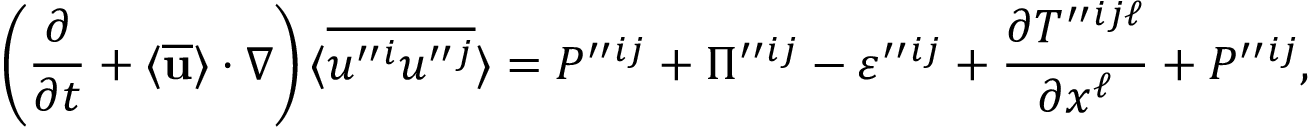
\left( { \frac { \partial } { \partial t } + \langle { \overline { { \bf { u } } } } \rangle \cdot \nabla } \right) \langle { \overline { { u ^ { \prime \prime } { } ^ { i } u ^ { \prime \prime } { } ^ { j } } } } \rangle = P ^ { \prime \prime } { } ^ { i j } + \Pi ^ { \prime \prime } { } ^ { i j } - \varepsilon ^ { \prime \prime } { } ^ { i j } + \frac { \partial T ^ { \prime \prime } { } ^ { i j \ell } } { \partial x ^ { \ell } } + { \cal { P } } ^ { \prime \prime } { } ^ { i j } ,